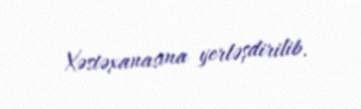
Xəstəxanasına yerləşdirilib.